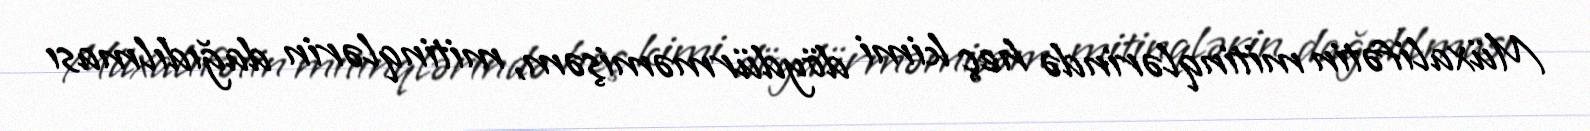
Müxalifətin mitinqlərində heç kimi döydürməmişəm, mitinqlərin dağıdılması